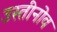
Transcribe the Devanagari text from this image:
उस्तीनोव